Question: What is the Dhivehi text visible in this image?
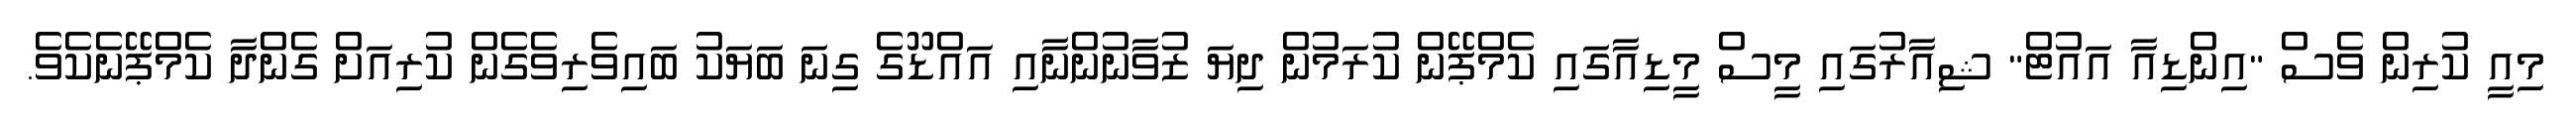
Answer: މިއީ ކުރިން ވެސް "އިންޑިއާ އައުޓް" ޝިއާރުގައި މީސް މީޑިއާގައި ކެމްޕޭން ކުރަމުން ދިޔަ ޒުވާނުންނާއި އައްޑޫގެ ގިނަ ބަޔަކު ބައިވެރިވެގެން ކުރިއަށް ގެންދާ ކެމްޕޭނެކެވެ.